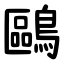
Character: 鷗